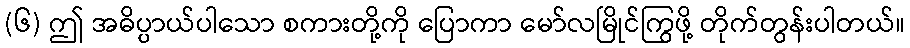
(၆) ဤ အဓိပ္ပာယ်ပါသော စကားတို့ကို ပြောကာ မော်လမြိုင်ကြွဖို့ တိုက်တွန်းပါတယ်။